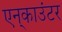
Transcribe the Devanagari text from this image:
एन्‌काउंटर